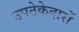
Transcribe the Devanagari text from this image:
उपठेकेदारों